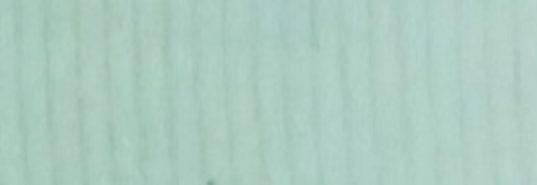
GAS STATION